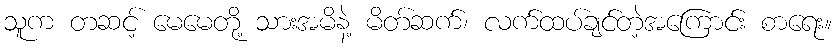
သူက တဆင့် မေမေတို့ သားအမိနဲ့ မိတ်ဆက်၊ လက်ထပ်ချင်တဲ့အကြောင်း စာရေး။